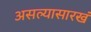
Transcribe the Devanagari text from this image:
असल्यासारखं